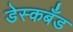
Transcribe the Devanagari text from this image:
डेस्कबँड